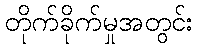
တိုက်ခိုက်မှုအတွင်း